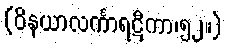
(ဝိနယာလင်္ကာရဋီကာ၊၅၂။)